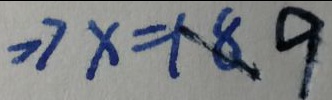
> 7 x = 1 8 9